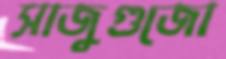
সাজুগুজো